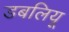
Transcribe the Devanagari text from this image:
डबलियू